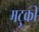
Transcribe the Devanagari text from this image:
मटुकी